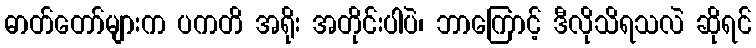
ဓာတ်တော်များက ပကတိ အရိုး အတိုင်းပါပဲ၊ ဘာကြောင့် ဒီလိုသိရသလဲ ဆိုရင်